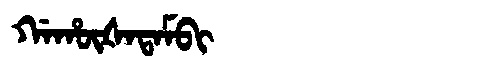
Manchu: ᡤᠠᡥᡡᡧᠠᡨᠠᠮᠪᡳ
Romanization: GAHŪŠATAMBI